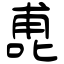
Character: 喸